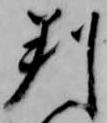
判